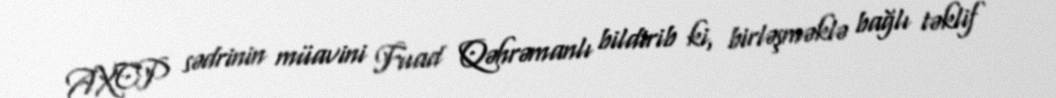
AXCP sədrinin müavini Fuad Qəhrəmanlı bildirib ki, birləşməklə bağlı təklif